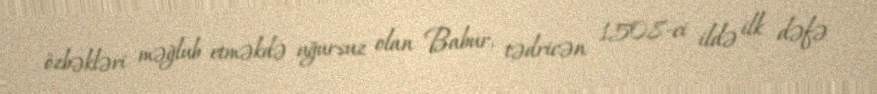
özbəkləri məğlub etməkdə uğursuz olan Babur, tədricən 1508-ci ildə ilk dəfə